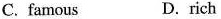
C. famous D.rich